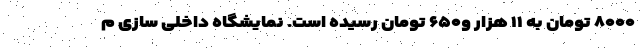
۸۰۰۰ تومان به ۱۱ هزار و۶۵۰ تومان رسیده است. نمایشگاه داخلی سازی م